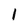
Character: l